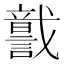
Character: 𧬣